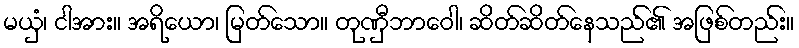
မယှံ၊ ငါအား။ အရိယော၊ မြတ်သော။ တုဏှီဘာဝေါ၊ ဆိတ်ဆိတ်နေသည်၏ အဖြစ်တည်း။